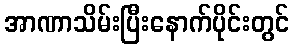
အာဏာသိမ်းပြီးနောက်ပိုင်းတွင်